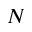
N